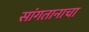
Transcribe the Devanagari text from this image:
सांगतानाचा